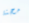
محنة